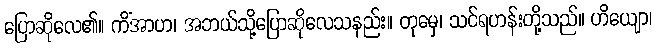
ပြောဆိုလေ၏။ ကိံအာဟ၊ အဘယ်သို့ပြောဆိုလေသနည်း။ တုမှေ၊ သင်ရဟန်းတို့သည်။ ဟိယျော၊